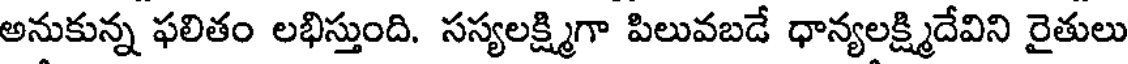
అనుకున్న ఫలితం లభిస్తుంది. సస్యలక్ష్మిగా పిలువబడే ధాన్యలక్ష్మిదేవిని రైతులు